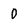
Character: 0